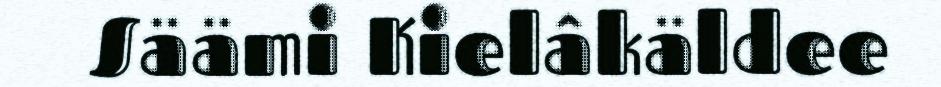
Säämi Kielâkäldee